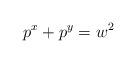
LaTeX: \begin{align*}p^x + p^y = w^2\end{align*}